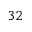
3 2